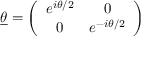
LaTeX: \underline { { { \theta } } } = \left( \begin{array} { c c } { { e ^ { i \theta / 2 } } } & { { 0 } } \\ { { 0 } } & { { e ^ { - i \theta / 2 } } } \end{array} \right)